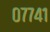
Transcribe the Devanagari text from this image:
०७७४१